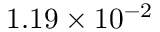
1 . 1 9 \times 1 0 ^ { - 2 }